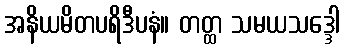
အနိယမိတပရိဒီပနံ။ တတ္ထ သမယသဒ္ဒေါ